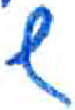
אות: ש